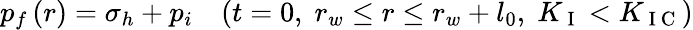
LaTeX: p_{f}\left(r\right)=\sigma_{h}+p_{i}\; \; \; \left(t=0,\; r_{w}\leq r\leq r_{w}+l_{0},\; K_{\mathrm{~I~}}<K_{\mathrm{~I~C~}}\right)